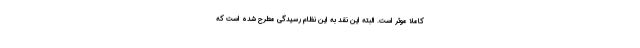
کاملاً موثر است. البته این نقد به این نظام رسیدگی مطرح شده است که